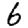
Digit: 6